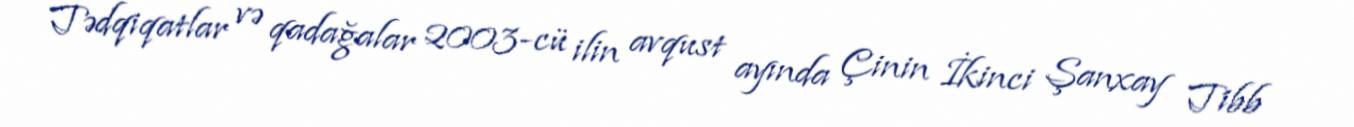
Tədqiqatlar və qadağalar 2003-cü ilin avqust ayında Çinin İkinci Şanxay Tibb